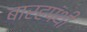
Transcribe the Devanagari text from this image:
बारहपंथी